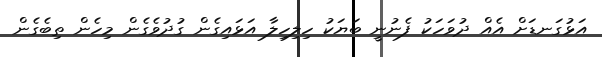
އަޅުގަނޑަށް އެއް ދުވަހަކު ފެނުނީ ބަޔަކު ހިލިހިލާ އަޅައިގެން ގުދުވެގެން މިހެން ތިބެގެން